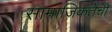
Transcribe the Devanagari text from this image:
सामाजिकतेची